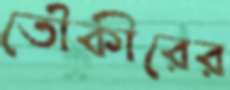
তৌকীরের